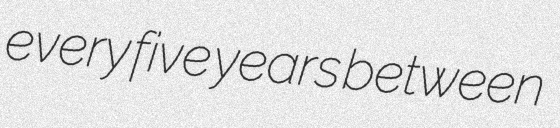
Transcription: every five years between